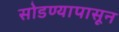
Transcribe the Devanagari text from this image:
सोडण्यापासून